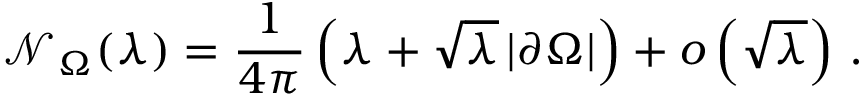
\mathcal { N } _ { \Omega } ( \lambda ) = \frac { 1 } { 4 \pi } \left( \lambda + \sqrt { \lambda } \, | \partial \Omega | \right) + o \left( \sqrt { \lambda } \right) \, .